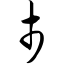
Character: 市